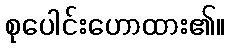
စုပေါင်းဟောထား၏။